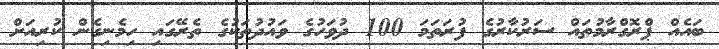
ބައެއް ޕްރޮގްރާމުތައް ސަރުކާރުގެ ފުރަތަމަ 100 ދުވަހުގެ ވައުދުތަކުގެ ތެރޭގައި ހިމެނިގެން ކުރިއަށް